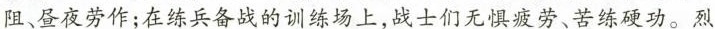
阻、昼夜劳作；在练兵备战的训练场上，战士们无惧疲劳、苦练硬功。烈